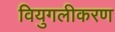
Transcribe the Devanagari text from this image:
वियुगलीकरण